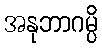
အနုဘာဂမ္ပိ